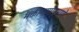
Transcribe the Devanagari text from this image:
भक्तीमार्गाप्रमाणे